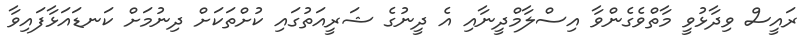
ރައީސް ވިދާޅުވީ މާތްވެގެންވާ އިސްލާމްދީނާއި އެ ދީނުގެ ޝަރީއަތުގައި ކުށްތަކަށް ދިނުމަށް ކަނޑައަޅާފައިވާ